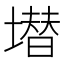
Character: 𱗶